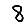
Digit: 8